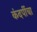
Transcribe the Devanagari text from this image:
कंदर्पीचा